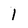
Character: 1